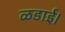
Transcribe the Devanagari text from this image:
ळडाई।